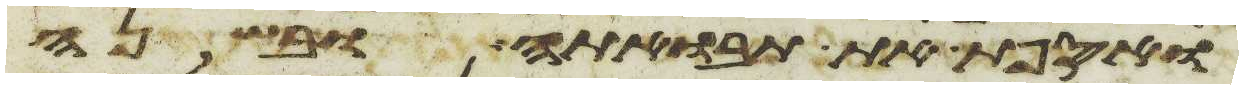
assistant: ואספת את תבואתה ובשנה